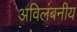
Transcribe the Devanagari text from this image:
अविलंबनीय